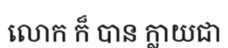
លោក ក៏ បាន ក្លាយជា